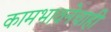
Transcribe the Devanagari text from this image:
कामभावनेचाही